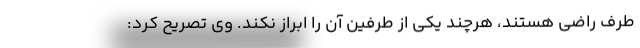
طرف راضی هستند، هرچند یکی از طرفین آن را ابراز نکند. وی تصریح کرد: